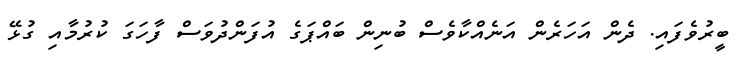
ބީރުވެފައި. ދެން އަހަރެން އަނެއްކާވެސް ބުނިން ބައްޕަގެ އުފަންދުވަސް ފާހަގަ ކުރުމާއި ގުޅޭ